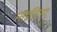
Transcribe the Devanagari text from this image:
माइटिना